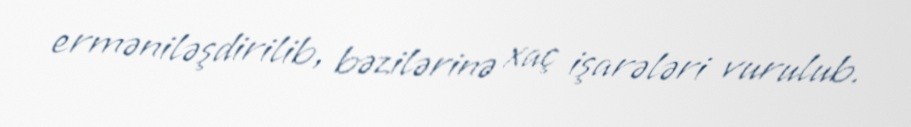
erməniləşdirilib, bəzilərinə xaç işarələri vurulub.